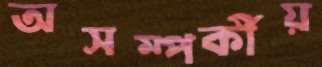
অসম্পর্কীয়